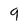
Character: 9